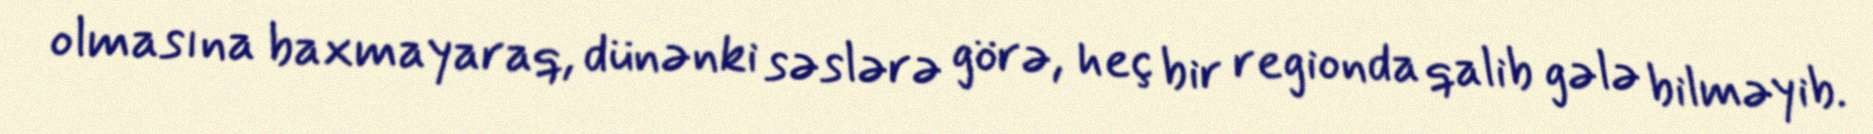
olmasına baxmayaraq, dünənki səslərə görə, heç bir regionda qalib gələ bilməyib.